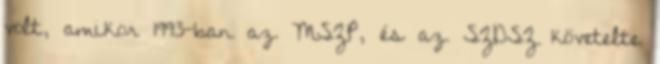
volt, amikor 1993-ban az MSZP, és az SZDSZ követelte